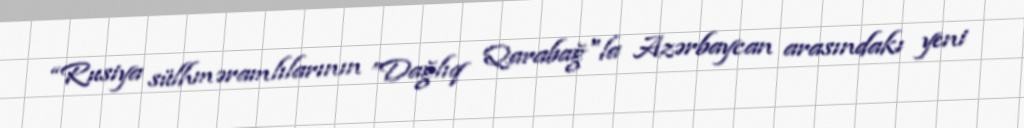
“Rusiya sülhməramlılarının ”Dağlıq Qarabağ"la Azərbaycan arasındakı yeni